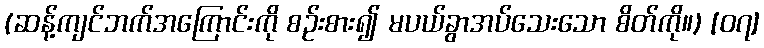
(ဆန့်ကျင်ဘက်အကြောင်းကို စဉ်းစား၍ မပယ်ခွာအပ်သေးသော စိတ်ကို။) [၀၇]